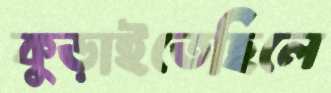
কুড়াইতেছিলে